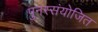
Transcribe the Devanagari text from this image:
पुनस्संयोजित